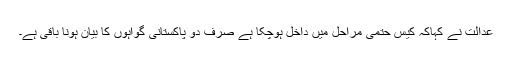
عدالت نے کہاکہ کیس حتمی مراحل میں داخل ہوچکا ہے صرف دو پاکستانی گواہوں کا بیان ہونا باقی ہے۔